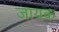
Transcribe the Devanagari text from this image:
जायक